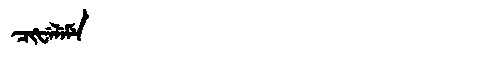
Manchu: ᠴᡳᡶᡝᠯᡝᠮᡝ
Romanization: CIFELEME